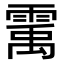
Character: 䨞